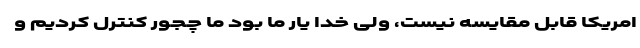
امریکا قابل مقایسه نیست، ولی خدا یار ما بود ما چجور کنترل کردیم و